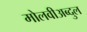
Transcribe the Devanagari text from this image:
मोलवीअब्दुल